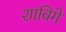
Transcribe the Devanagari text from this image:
शाविगे